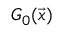
G _ { 0 } ( \vec { x } )